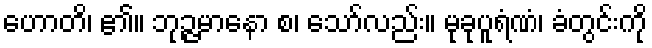
ဟောတိ၊ ၏။ ဘုဉ္ဇမာနော စ၊ သော်လည်း။ မုခုပူရံဏံ၊ ခံတွင်းကို